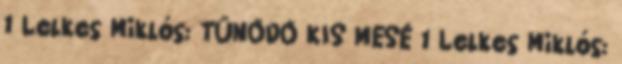
1 Lelkes Miklós: TŰNŐDŐ KIS MESÉ 1 Lelkes Miklós: